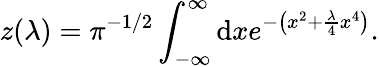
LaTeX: z(\lambda)=\pi^{-1/2}\int_{-\infty}^{\infty}\mathrm{d}xe^{-\left(x^{2}+{\frac{\lambda}{4}}x^{4}\right)}.